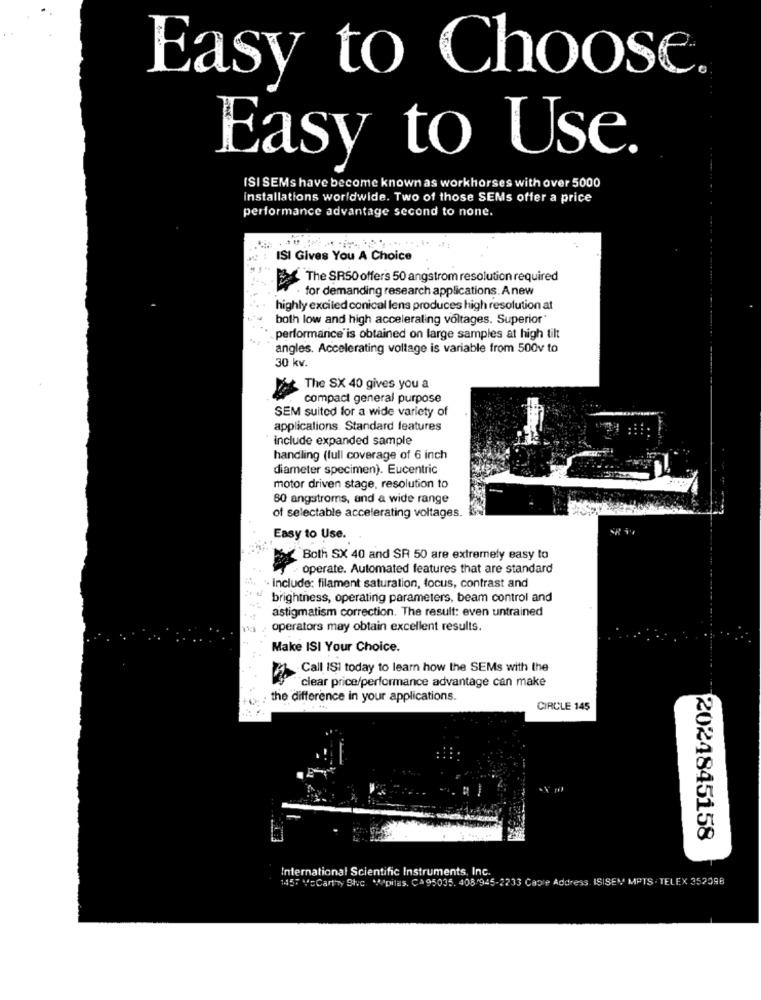
Easy to Choose.
Easy to Use.
ISI SEMs have become known as workhorses with over 5000
installations worldwide. Two of those SEMs offer a price
performance advantage second to none.
ISI Gives You A Choice
The SR50 offers 50 angstrom resolution required
. for demanding research applications. Anew
highly excited conical lens produces high resolution at
both low and high acceleraling voltages. Superior
performance is obtained on large samples at high tilt
angles. Accelerating voltage is variable from 500v to
30 kv.
The SX 40 gives you a
compact general purpose
SEM suited for a wide variety of
applications. Standard features
include expanded sample
handling (full coverage of 6 inch
diameter specimen). Eucentric
motor driven stage, resolution to
60 angstroms, and a wide range
of selectable accelerating voltages.
Easy to Use.
Both SX 40 and SR 50 are extremely easy to
operate. Automated features that are standard
" Include: filament saturation, focus, contrast and
brightness, operating parameters, beam control and
astigmatism correction. The result: even untrained
operators may obtain excellent results.
Make ISI Your Choice.
Call ISI today to learn how the SEMs with the
clear price/performance advantage can make
the difference in your applications.
CIRCLE 145
2024845158
International Scientific Instruments, Inc.
1457 VcCarthy Bbc "pilas. Ca95035. 408.945-2233 Capre Address ISISEM MPTS . TELEX 352098